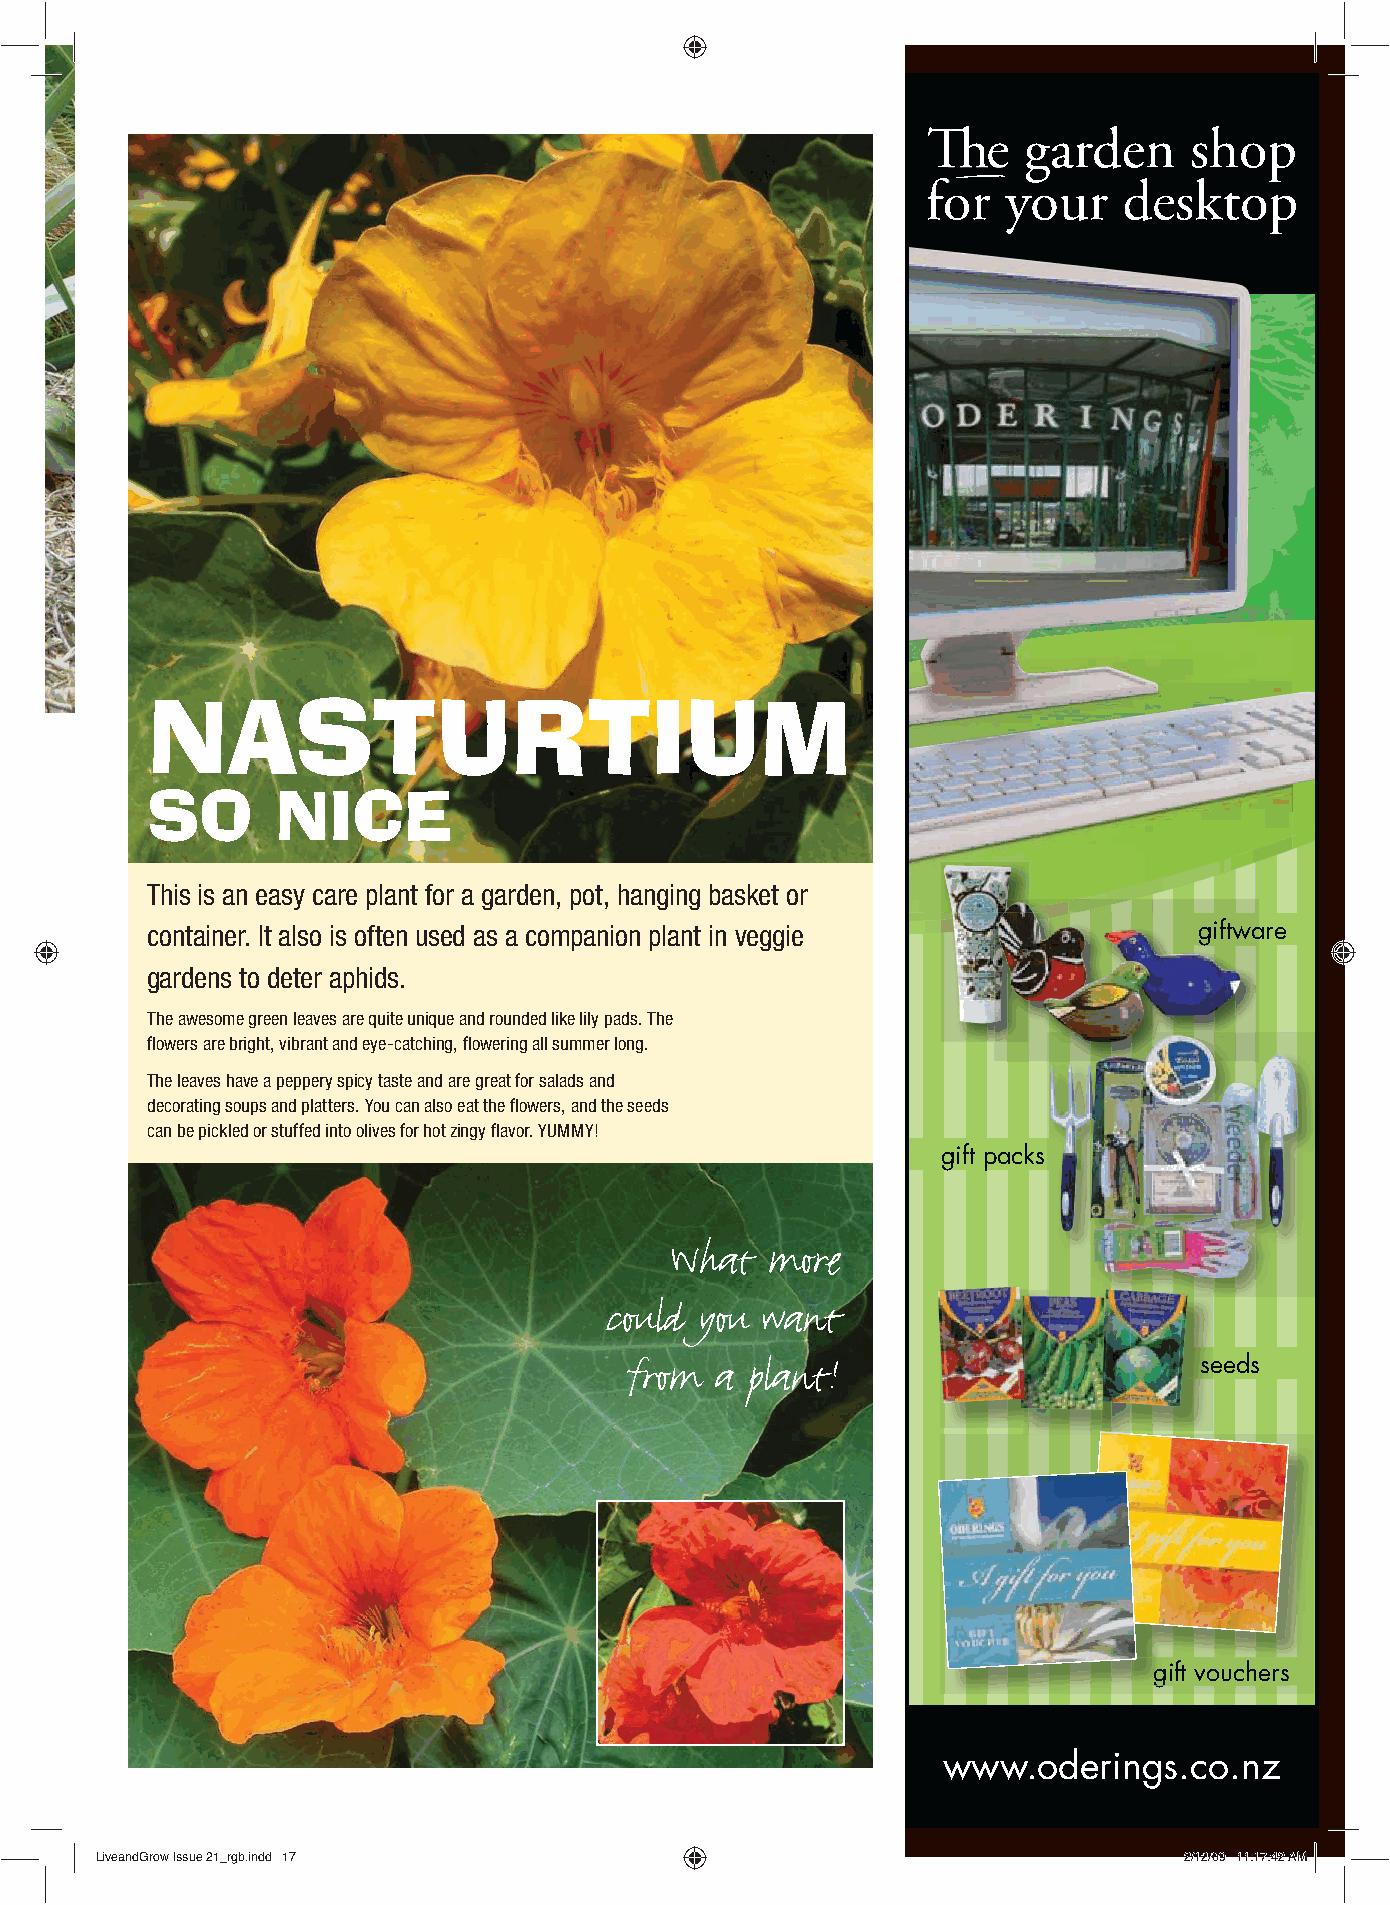
The    garden     shop
 for   your   desktop
 much loved
 MULCH
 NASTURTIUM
 SO      NICE
 This is an easy care plant for a garden, pot, hanging basket or
 container. It also is often used as a companion plant in veggie      gggiiffttwwaare
 gardens to deter aphids.
 The awesome green leaves are quite unique and rounded like lily pads. The
 fl owers are bright, vibrant and eye-catching, fl owering all summer long.
 The leaves have a peppery spicy taste and are great for salads and
 decorating soups and platters. You can also eat the fl owers, and the seeds
 can be pickled or stuffed into olives for hot zingy fl avor. YUMMY!
 gift packs
 What   more
 could you want
 from a  plant!                       sssseeeds
 ggggiifftt vvoouucchheerrss
 www.oderings.co.nz
 17
 LLiivveeaannddGGrrooww IIssssuuee 2211__rrggbb..iinndddd 1177           22//1122//0099 1111::1177::4422 AAMM